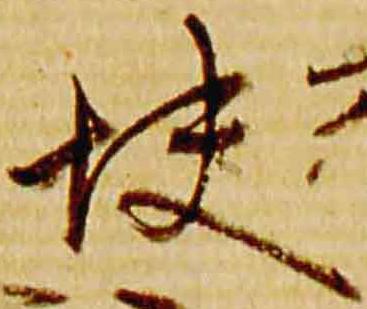
快